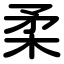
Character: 柔